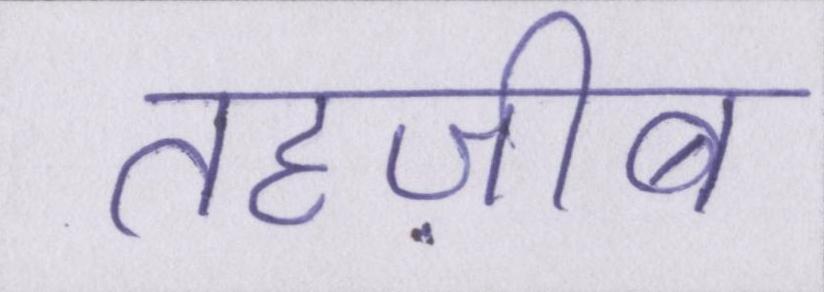
तहज़ीब